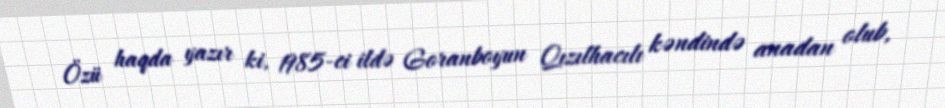
Özü haqda yazır ki, 1985-ci ildə Goranboyun Qızılhacılı kəndində anadan olub,